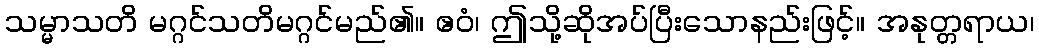
သမ္မာသတိ မဂ္ဂင်သတိမဂ္ဂင်မည်၏။ ဧဝံ၊ ဤသို့ဆိုအပ်ပြီးသောနည်းဖြင့်။ အနုတ္တရာယ၊